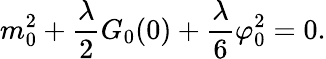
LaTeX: m_{0}^{2}+\frac{\lambda}{2}G_{0}(0)+\frac{\lambda}{6}\varphi_{0}^{2}=0.